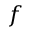
f